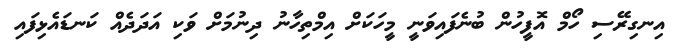
އިނގިރޭސި ހޯމް އޮފީހުން ބުނެފައިވަނީ މީހަކަށް އިމްތިހާނު ދިނުމަށް ވަކި އަދަދެއް ކަނޑައެޅިފައި